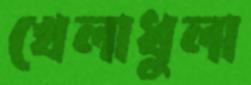
খেলাধুলা